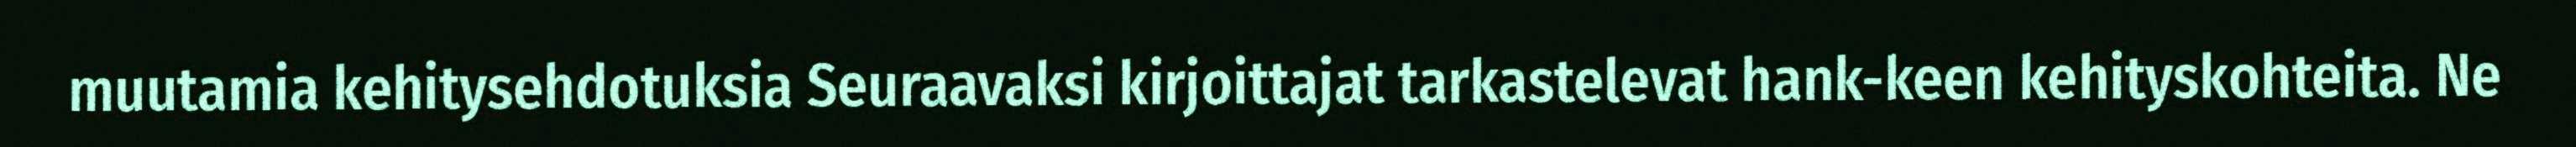
muutamia kehitysehdotuksia Seuraavaksi kirjoittajat tarkastelevat hank-keen kehityskohteita. Ne